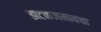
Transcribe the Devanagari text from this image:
झटकजमावचा